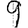
Digit: 9